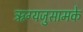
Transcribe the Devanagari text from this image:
ऋग्यजुसामके